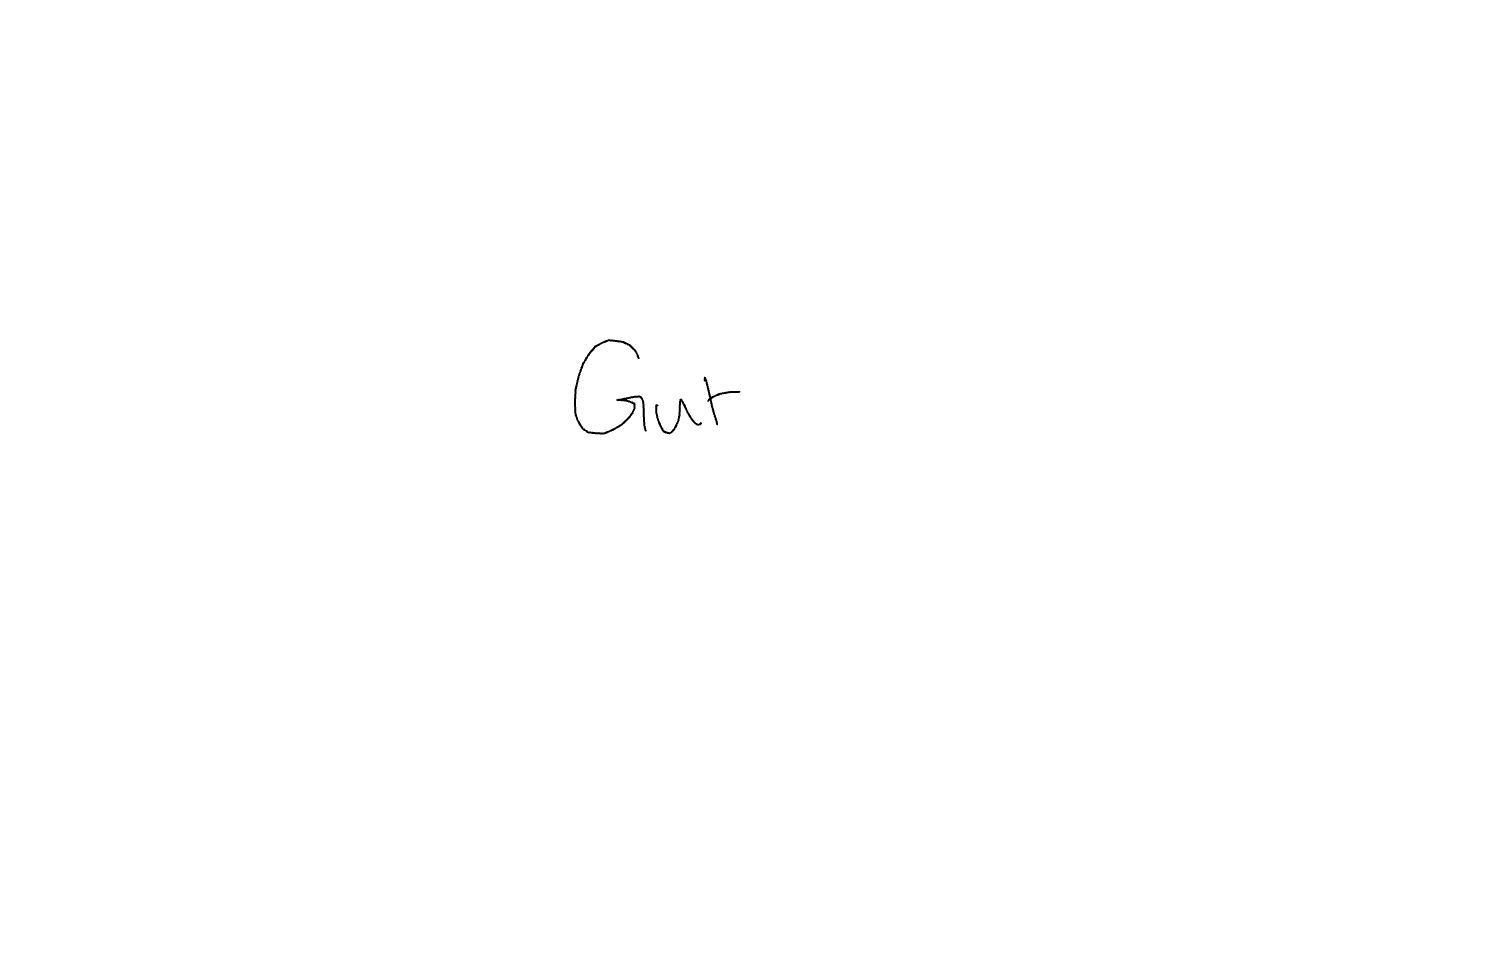
Text: Gut